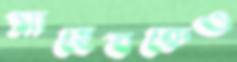
সাহেবকেও